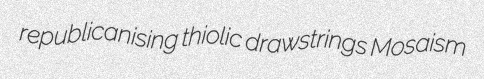
republicanising thiolic drawstrings Mosaism